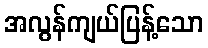
အလွန်ကျယ်ပြန့်သော